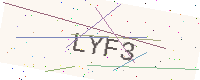
Text: LYF3